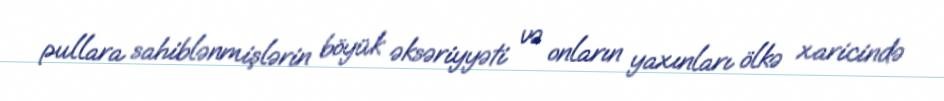
pullara sahiblənmişlərin böyük əksəriyyəti və onların yaxınları ölkə xaricində